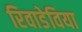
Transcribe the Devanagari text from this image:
रिवाडेविया